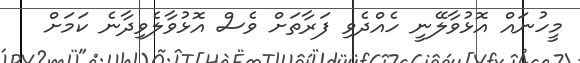
މީހުނައް އޮޅުވާލޭނީ ހެއްދެވި ފަރާތަށް ވެސް އޮޅުވާލެވިދާނެ ކަމަށް